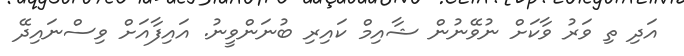
އަދިި ތި ވަރު ވާކަށް ނުވޭނުން ޝާއިމް ކައިރި ބުނަންވީނު. އައިފާއަށް ވިސްނައިދޭ